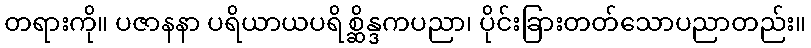
တရားကို။ ပဇာနနာ ပရိယာယပရိစ္ဆိန္ဒကပညာ၊ ပိုင်းခြားတတ်သောပညာတည်း။